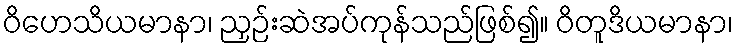
ဝိဟေသိယမာနာ၊ ညှဉ်းဆဲအပ်ကုန်သည်ဖြစ်၍။ ဝိတူဒိယမာနာ၊